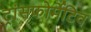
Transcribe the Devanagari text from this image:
ट्रांसफोर्मेटिव